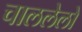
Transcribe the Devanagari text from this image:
चाललेलो